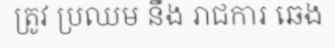
ត្រូវ ប្រឈម នឹង រាជការ ឆេង